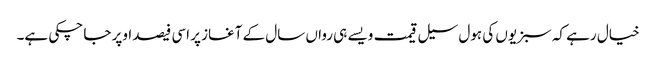
خیال رہے کہ سبزیوں کی ہول سیل قیمت ویسے ہی رواں سال کے آغاز پر اسی فیصد اوپر جا چکی ہے۔